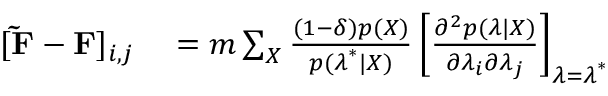
\begin{array} { r l } { [ \mathbf { \tilde { F } } - \mathbf { F } ] _ { i , j } } & { { } = m \sum _ { X } \frac { ( 1 - \delta ) p ( X ) } { p ( \boldsymbol { \lambda } ^ { * } | X ) } \left[ \frac { \partial ^ { 2 } p ( \boldsymbol { \lambda } | X ) } { \partial \lambda _ { i } \partial \lambda _ { j } } \right] _ { \boldsymbol { \lambda } = \boldsymbol { \lambda } ^ { * } } } \end{array}